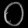
Digit: ၀